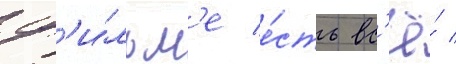
ф'и́льм'е е́сть вс'ё́ /